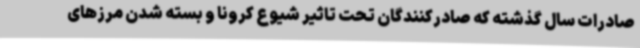
صادرات سال گذشته که صادرکنندگان تحت تاثیر شیوع کرونا و بسته شدن مرزهای